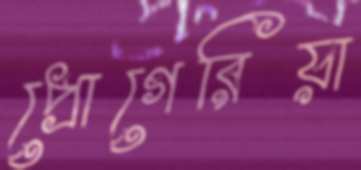
প্রোগেরিয়া